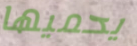
يحميها